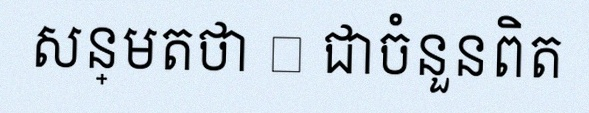
សន្មតថា x ជាចំនួនពិត